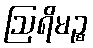
ဩရိမဉ္စ